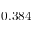
0 . 3 8 4